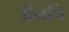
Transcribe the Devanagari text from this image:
त्रीनपि